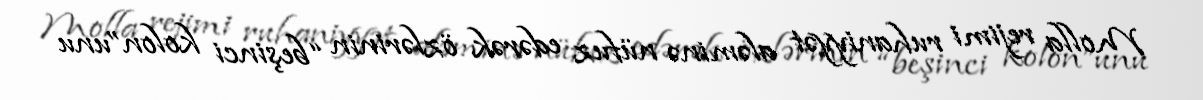
Molla rejimi ruhaniyyət aləminə nüfuz edərək özlərinin “beşinci kolon”unu